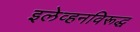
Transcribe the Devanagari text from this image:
इलेव्हनविरूद्ध